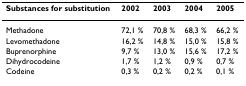
<table><thead><tr><td><b>Substances for substitution</b></td><td><b>2002</b></td><td><b>2003</b></td><td><b>2004</b></td><td><b>2005</b></td></tr></thead><tbody><tr><td>Methadone</td><td>72,1 %</td><td>70,8 %</td><td>68,3 %</td><td>66,2 %</td></tr><tr><td>Levomethadone</td><td>16,2 %</td><td>14,8 %</td><td>15,0 %</td><td>15,8 %</td></tr><tr><td>Buprenorphine</td><td>9,7 %</td><td>13,0 %</td><td>15,6 %</td><td>17,2 %</td></tr><tr><td>Dihydrocodeine</td><td>1,7 %</td><td>1,2 %</td><td>0,9 %</td><td>0,7 %</td></tr><tr><td>Codeine</td><td>0,3 %</td><td>0,2 %</td><td>0,2 %</td><td>0,1 %</td></tr></tbody></table>